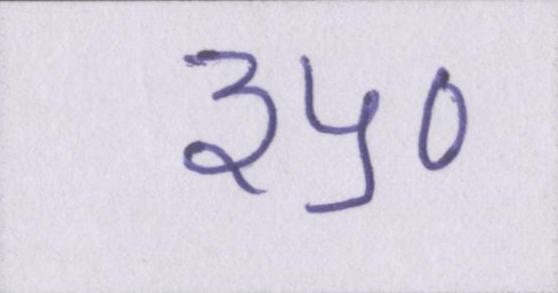
३५०